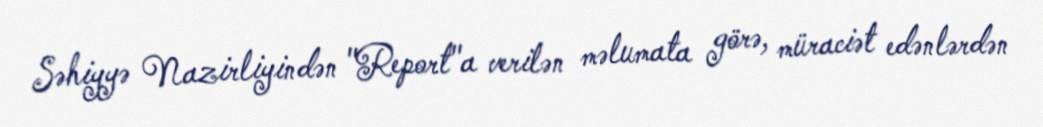
Səhiyyə Nazirliyindən "Report"a verilən məlumata görə, müraciət edənlərdən